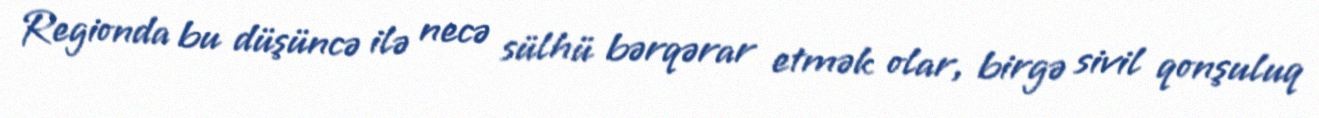
Regionda bu düşüncə ilə necə sülhü bərqərar etmək olar, birgə sivil qonşuluq